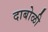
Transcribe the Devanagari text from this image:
दाबोळी